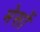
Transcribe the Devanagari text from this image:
मेसों